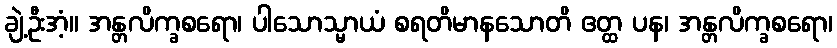
ချဲ့ဦးအံ့။ အန္တလိက္ခစရော၊ ပါသောသ္မာယံ စရတိမာနသောတိ ဧတ္ထ ပန၊ အန္တလိက္ခစရော၊